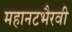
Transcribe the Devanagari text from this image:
महानटभैरवी